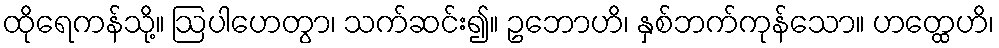
ထိုရေကန်သို့။ ဩပါဟေတွာ၊ သက်ဆင်း၍။ ဥဘောဟိ၊ နှစ်ဘက်ကုန်သော။ ဟတ္ထေဟိ၊